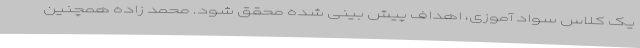
یک کلاس سواد آموزی، اهداف پیش بینی شده محقق شود. محمد زاده همچنین